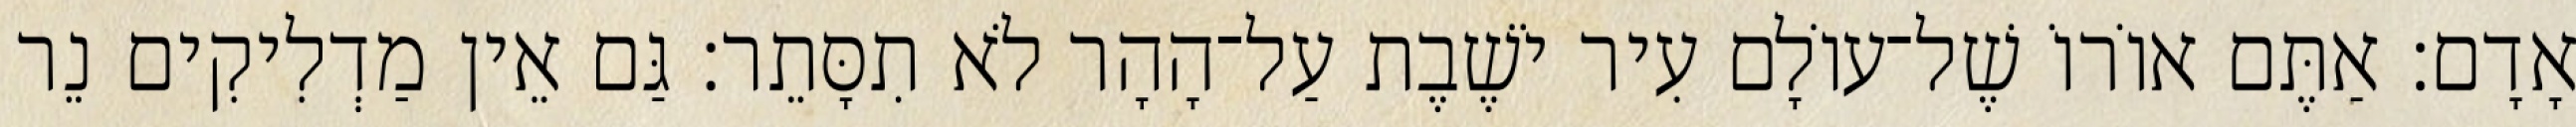
אָדָם׃ אַתֶּם אוֹרוֹ שֶׁל־עוֹלָם עִיר יֹשֶׁבֶת עַל־הָהָר לֹא תִסָּתֵר׃ גַּם אֵין מַדְלִיקִים נֵר